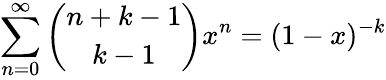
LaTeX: \sum_{n=0}^{\infty}\binom{n+k-1}{k-1}x^{n}=(1-x)^{-k}